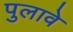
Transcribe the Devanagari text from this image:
पुलावे